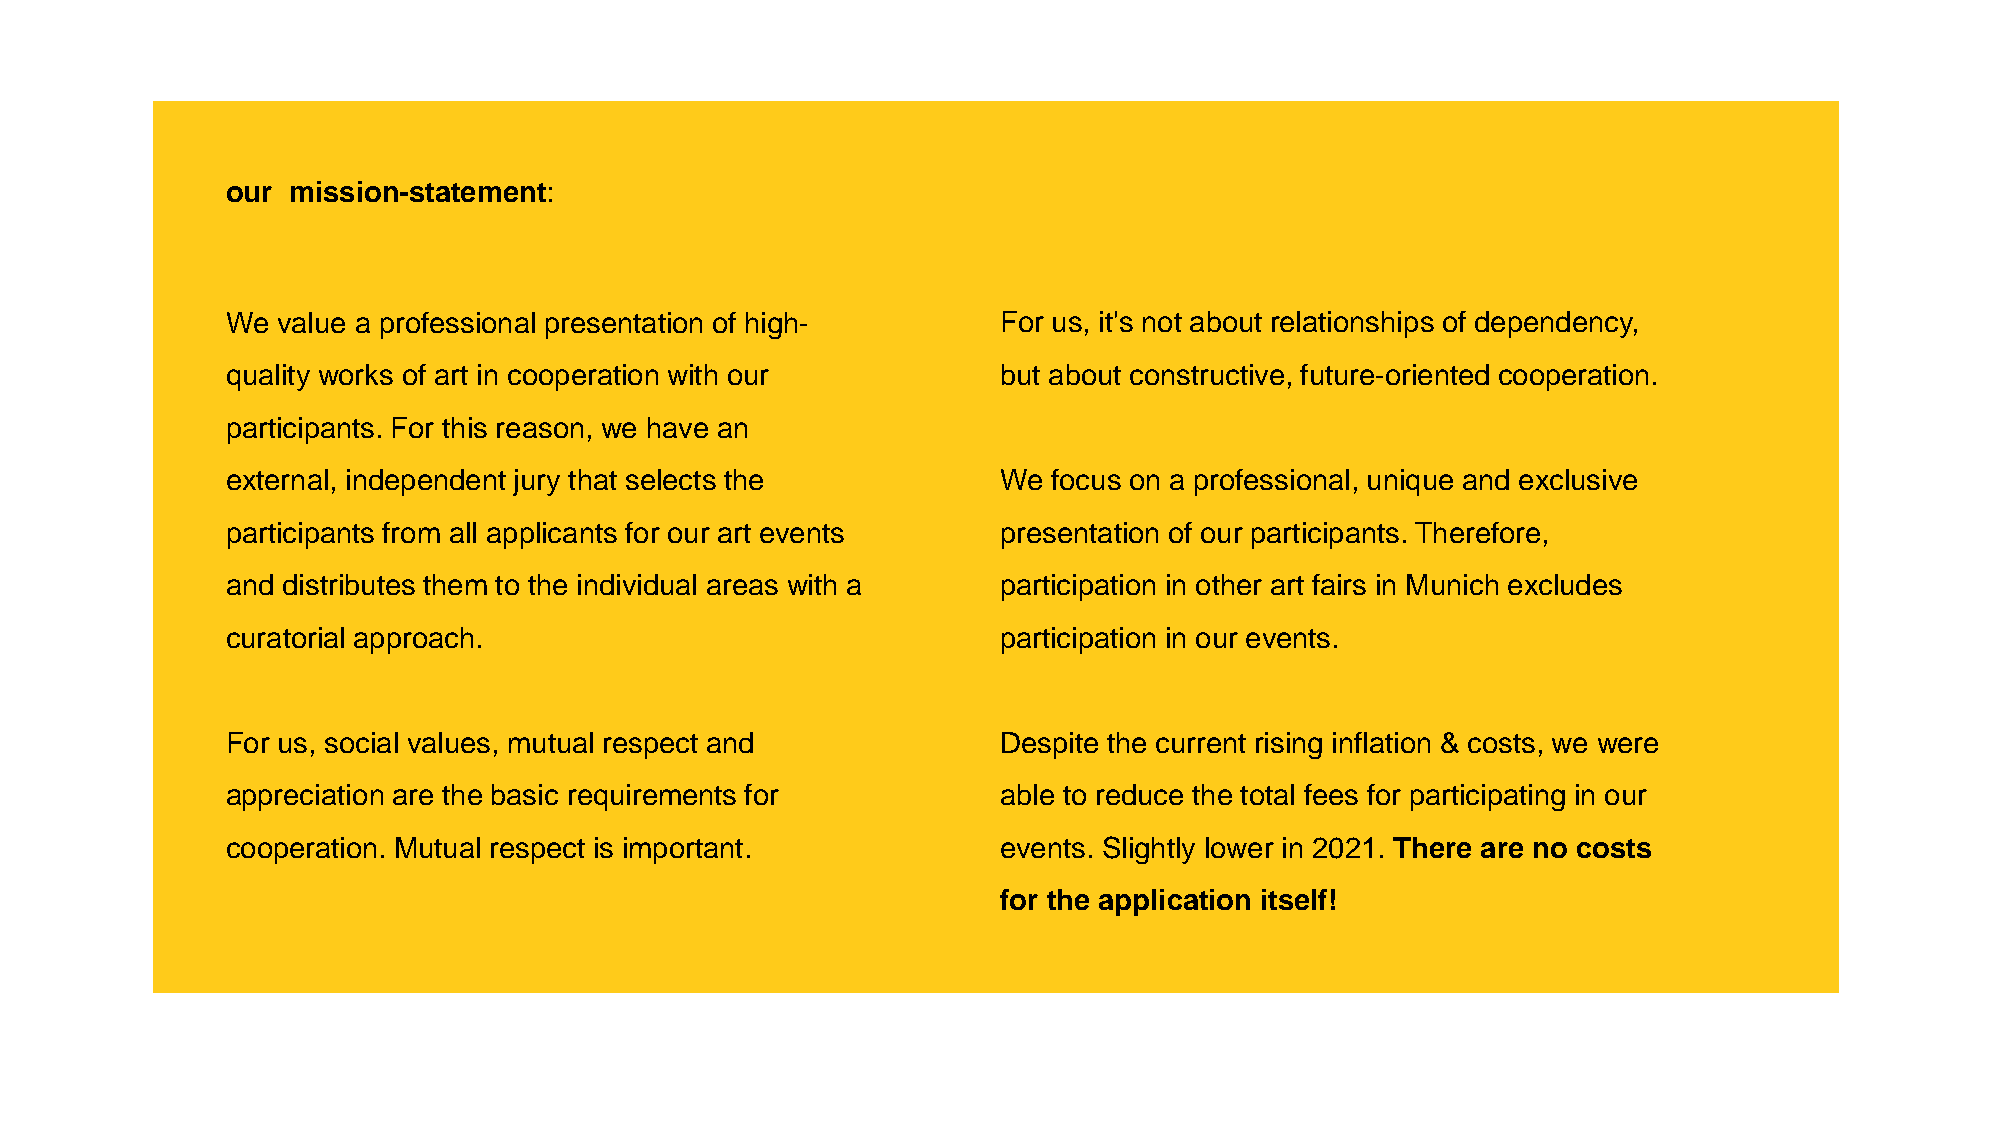
our mission-statement:
 We value a professional presentation of high-      For us, it's not about relationships of dependency,
 quality works of art in cooperation with our       but about constructive, future-oriented cooperation.
 participants. For this reason, we have an
 external, independent jury that selects the        We  focus on a professional, unique and exclusive
 participants from all applicants for our art events presentation of our participants. Therefore,
 and distributes them to the individual areas with a participation in other art fairs in Munich excludes
 curatorial approach.                               participation in our events.
 For us, social values, mutual respect and          Despite the current rising inflation & costs, we were
 appreciation are the basic requirements for        able to reduce the total fees for participating in our
 cooperation. Mutual respect is important.          events. Slightly lower in 2021. There are no costs
 for the application itself!